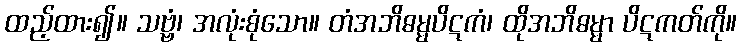
ထည့်ထား၍။ သဗ္ဗံ၊ အလုံးစုံသော။ တံအဘိဓမ္မပိဋကံ၊ ထိုအဘိဓမ္မာ ပိဋကတ်ကို။